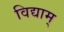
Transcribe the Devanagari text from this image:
विद्याम्